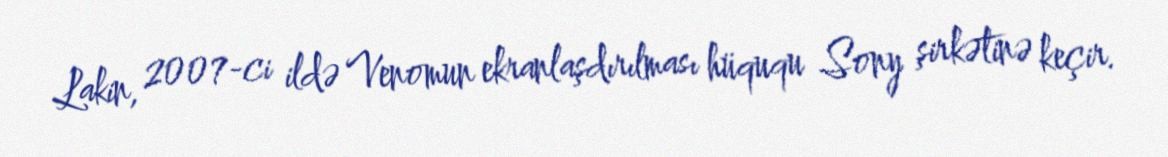
Lakin, 2007-ci ildə Venomun ekranlaşdırılması hüququ Sony şirkətinə keçir.